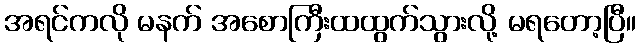
အရင်ကလို မနက် အစောကြီးထထွက်သွားလို့ မရတော့ပြီ။